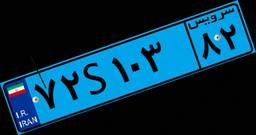
۷۲S۱۰۳۸۲